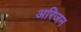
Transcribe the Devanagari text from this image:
अरिजन